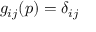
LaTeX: g _ { i j } ( p ) = \delta _ { i j }